Vaccination in Bombay 1924-1928 - 1924-1928
Year: 1924
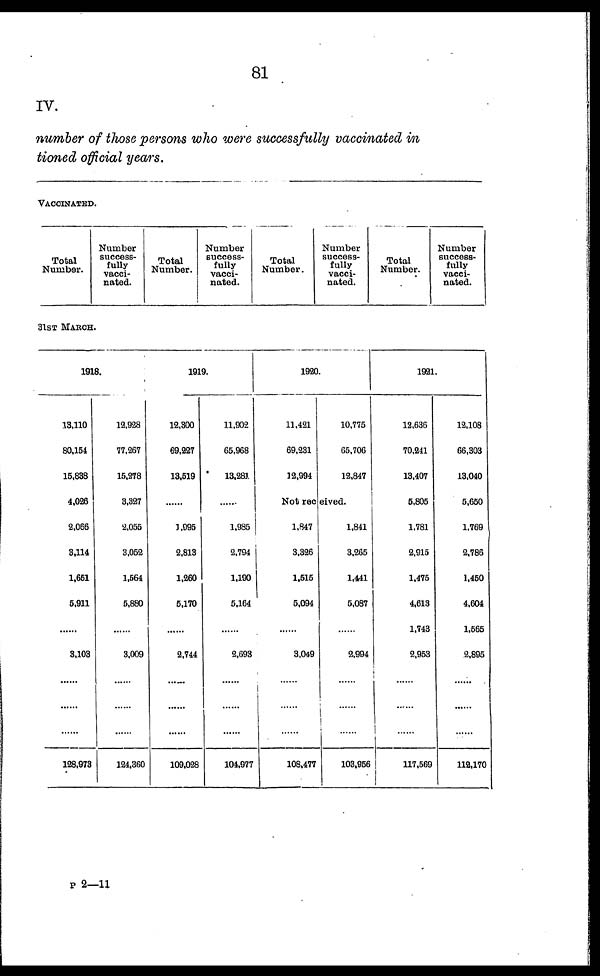
81
IV.
number of those persons who were successfully vaccinated in
tioned official years.
VACCINATED.
Total
Number.
Number
success-
fully
vacci-
nated.
Total
Number.
Number
success-
fully
vacci-
nated.
Total
Number.
Number
success-
fully
vacci-
nated.
Total
Number.
Number
success-
fully
vacci-
nated.
31ST MARCH.
1918.
13,110
80,154
15,838
4,026
2,066
3,114
1,651
5,911
......
3,103
......
......
......
128,973
12,928
77,267
15,278
3,327
2,055
3,052
1,564
5,880
......
3,009
......
......
......
124,360
1919.
12,300
69,227
13,519
......
1,095
2,813
1,260
5,170
......
2,744
......
......
......
109,028
11,902
65,968
13,281
......
1,985
2,794
1,190
5,164
......
2,693
......
......
......
104,977
1920.
11,421
69,231
12,994
10,775
65,706
12,847
Not received.
1,847
3,326
1,515
5,094
......
3,049
......
......
......
108,477
1,841
3,265
1,441
5,087
......
2,994
......
......
......
103,956
1921.
12,636
70,241
13,407
5,805
1,781
2,915
1,475
4,613
1,743
2,953
......
......
117,569
12,108
66,303
13,040
5,650
1,769
2,786
1,450
4,604
1,565
2,895
......
......
......
112,170
P 2—11